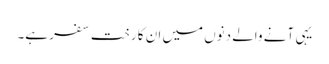
یہی آنے والے دنوں میں ان کا رخت سفر ہے۔